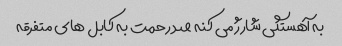
به آهستگی شارژ می کنه صد رحمت به کابل های متفرقه